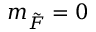
m _ { \Tilde { F } } = 0